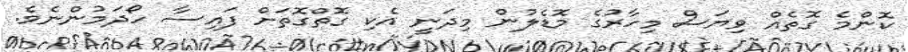
ކޮންމެ ގޮތެއް ވިޔަސް މިހާރުގެ މޮޑެލުން މިދަނީ އެކި ގޮތްގޮތަށް ފައިސާ ހޯދަމުންނެވެ.